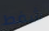
شفط